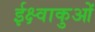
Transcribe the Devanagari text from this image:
ईक्ष्वाकुओं